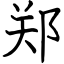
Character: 郑